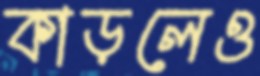
কাড়লেও